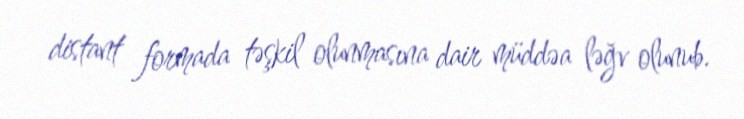
distant formada təşkil olunmasına dair müddəa ləğv olunub.